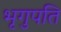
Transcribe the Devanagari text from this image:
भृगुपति